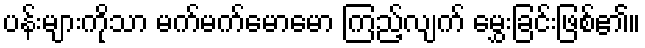
ပန်းများကိုသာ မက်မက်မောမော ကြည့်လျက် မွှေးခြင်းဖြစ်၏။